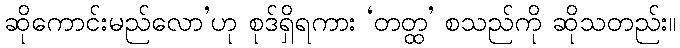
ဆိုကောင်းမည်လော’ဟု စုဒ်ရှိရကား ‘တတ္ထ’ စသည်ကို ဆိုသတည်း။